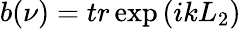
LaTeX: b(\nu)=tr\exp{(ikL_{2})}